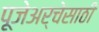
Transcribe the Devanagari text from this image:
पूजेअर्चेसाठी